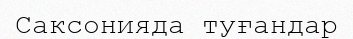
Саксонияда туғандар